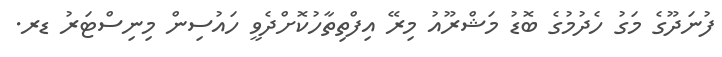
ފުނަދޫގެ މަގު ހެދުމުގެ ބޮޑު މަޝްރޫއު މިރޭ އިފްތިތާހުކޮށްދެވީ ހައުސިން މިނިސްޓަރު ޑރ.